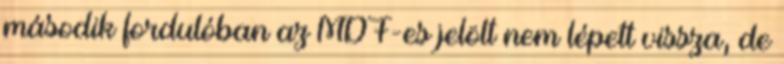
második fordulóban az MDF-es jelölt nem lépett vissza, de